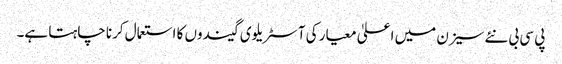
پی سی بی نئے سیزن میں اعلیٰ معیار کی آسٹریلوی گیندوں کا استعمال کرنا چاہتا ہے۔